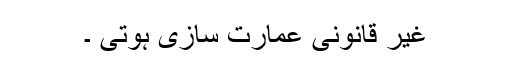
غیر قانونی عمارت سازی ہوتی ۔